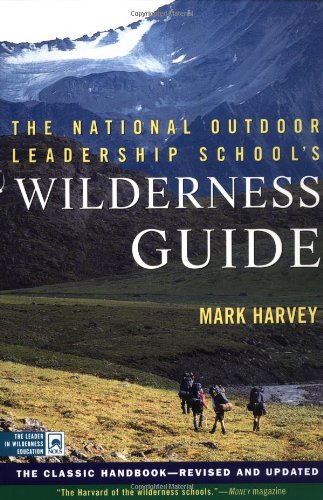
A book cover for The National Outdoor Leadership School's Wilderness Guide: The Classic Handbook, Revised and Updated; Mark Harvey; Sports & Outdoors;